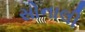
સોનાલી